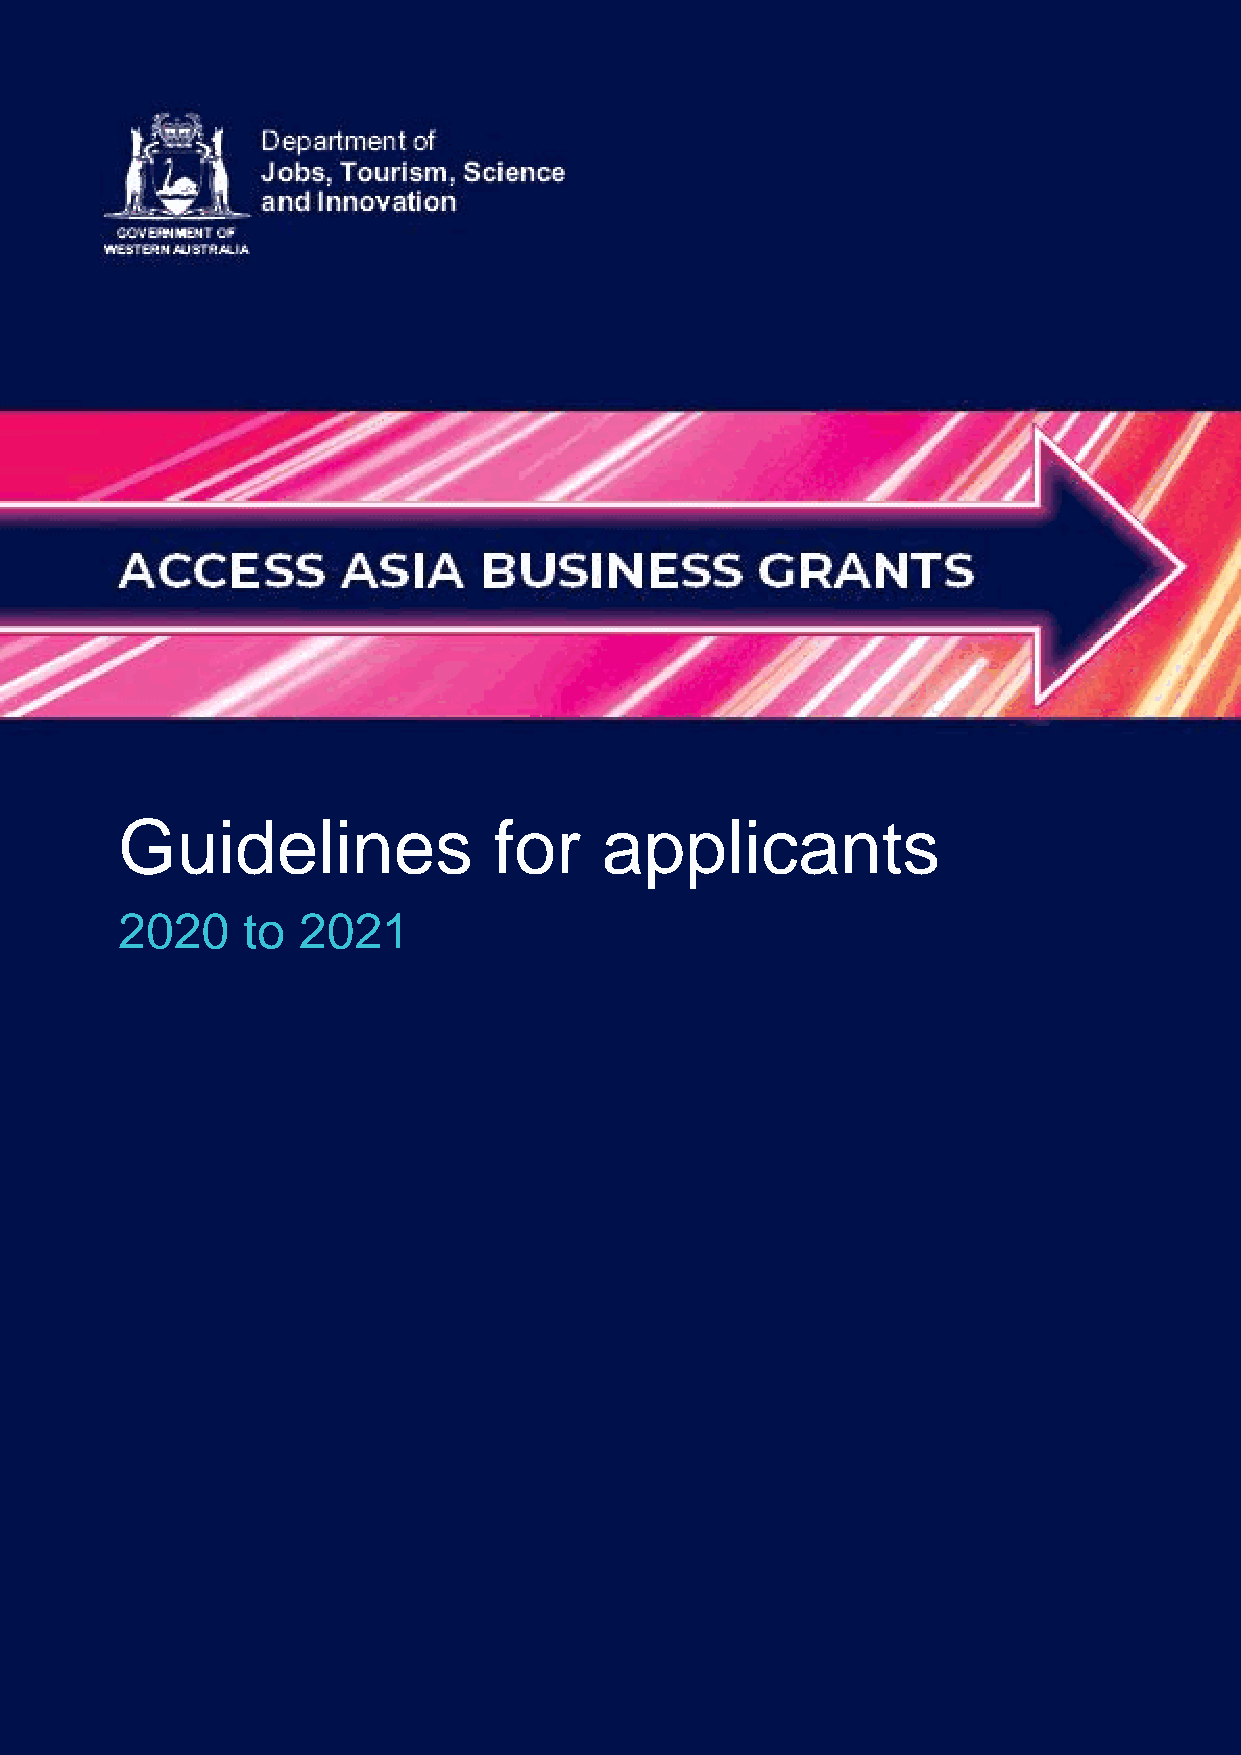
Guidelines               for    applicants
 2020    to  2021